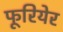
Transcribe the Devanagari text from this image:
फूरियेर